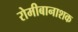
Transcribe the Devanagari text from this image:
रोमीबानाशक